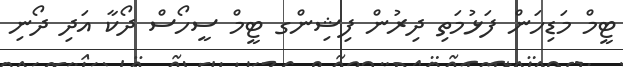
ޓީމް މަޑިހަން ފަޅުމަތި ދިރުން ފިޝިންގ ޓީމް ސީހޯސް ދޯކާ އަދި ދޯނި